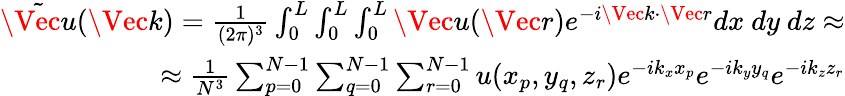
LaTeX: \begin{array}{r}{\tilde{\Vec{u}}(\Vec{k})=\frac{1}{(2\pi)^{3}}\int_{0}^{L}\int_{0}^{L}\int_{0}^{L}\Vec{u}(\Vec{r})e^{-i\Vec{k}\cdot\Vec{r}}dx~dy~dz\approx}\\ {\approx\frac{1}{N^{3}}\sum_{p=0}^{N-1}\sum_{q=0}^{N-1}\sum_{r=0}^{N-1}u(x_{p},y_{q},z_{r})e^{-ik_{x}x_{p}}e^{-ik_{y}y_{q}}e^{-ik_{z}z_{r}}}\end{array}